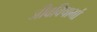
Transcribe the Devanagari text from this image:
जीवविषाभों